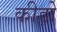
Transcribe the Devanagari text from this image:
कीड़ोे